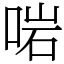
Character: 啱